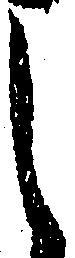
し